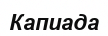
Капиада